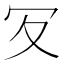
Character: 𠕸